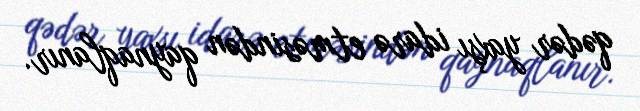
qədər yaxşı idarə etməsindən qaynaqlanır.